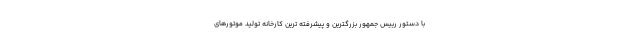
با دستور رییس جمهور بزرگترین و پیشرفته ترین کارخانه تولید موتورهای